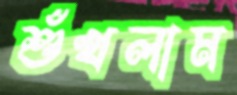
শুঁখলাম